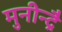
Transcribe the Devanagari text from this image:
मुनीन्द्रै